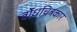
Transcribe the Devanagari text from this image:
बोधचित्रकार